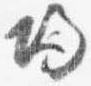
帰